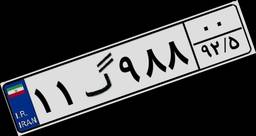
۱۱گ۹۸۸۰۰